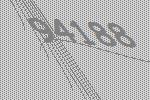
94188